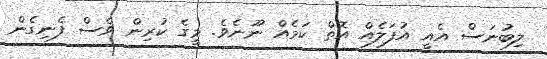
ލިބުނަސް އެއީ އުފަލެއް އޮތް ކަމެއް ނޫނެވެ. މީގެ ކުރިން ވެސް ފެނިގެން